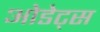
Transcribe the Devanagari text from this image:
ओडेट्स